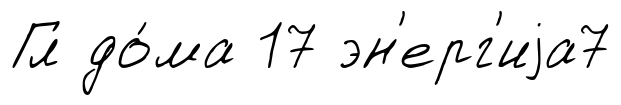
Гл до́ма 17 эн'ерг'иjа7